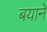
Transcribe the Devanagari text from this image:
बयाने